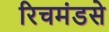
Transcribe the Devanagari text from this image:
रिचमंडसे